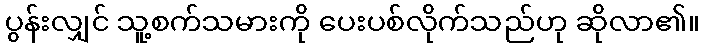
ပွန်းလျှင် သူ့စက်သမားကို ပေးပစ်လိုက်သည်ဟု ဆိုလာ၏။